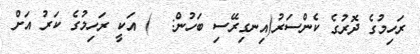
ރަހިމުގެ ދޮރުގެ ކެންސަރު(އިނގިރޭސި ބަހުން:  ) އަކީ ރަހިމުގެ ކަރު އަށް